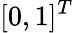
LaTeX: [0,1]^{T}